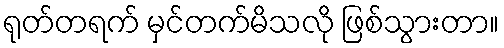
ရုတ်တရက် မှင်တက်မိသလို ဖြစ်သွားတာ။